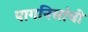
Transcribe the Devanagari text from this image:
पागनिसांची